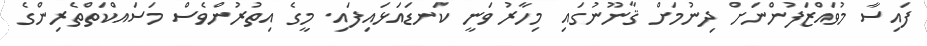
ފައިސާ މުވައްޒަފުންނަށް ދިނުމަށް ޤާނޫނުގައި މިހާރު ވަނީ ކަނޑައަޅައިފައި. މީގެ އިތުރުންވެސް މަސައްކަތްތެރިންގެ